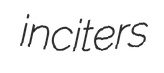
inciters